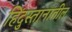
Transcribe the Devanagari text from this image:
हिंदुस्तानांतील